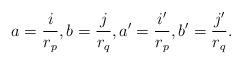
LaTeX: \begin{align*} a = \dfrac{i}{r_p}, b = \dfrac{j}{r_q}, a' = \dfrac{i'}{r_p}, b' = \dfrac{j'}{r_q}. \end{align*}